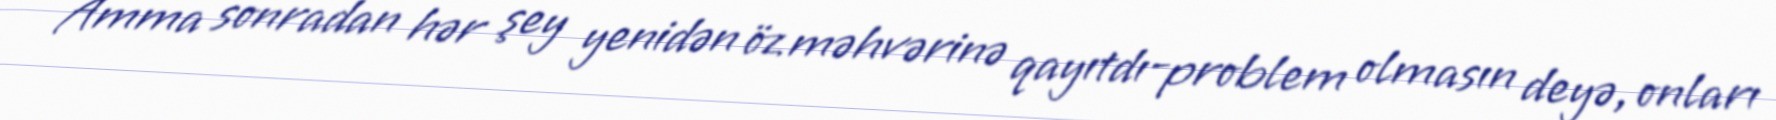
Amma sonradan hər şey yenidən öz məhvərinə qayıtdı-problem olmasın deyə, onları